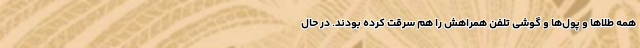
همه طلاها و پول‌ها و گوشی تلفن‌ همراهش را هم سرقت کرده بودند. در حال